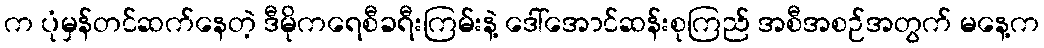
က ပုံမှန်တင်ဆက်နေတဲ့ ဒီမိုကရေစီခရီးကြမ်းနဲ့ ဒေါ်အောင်ဆန်းစုကြည် အစီအစဉ်အတွက် မနေ့က